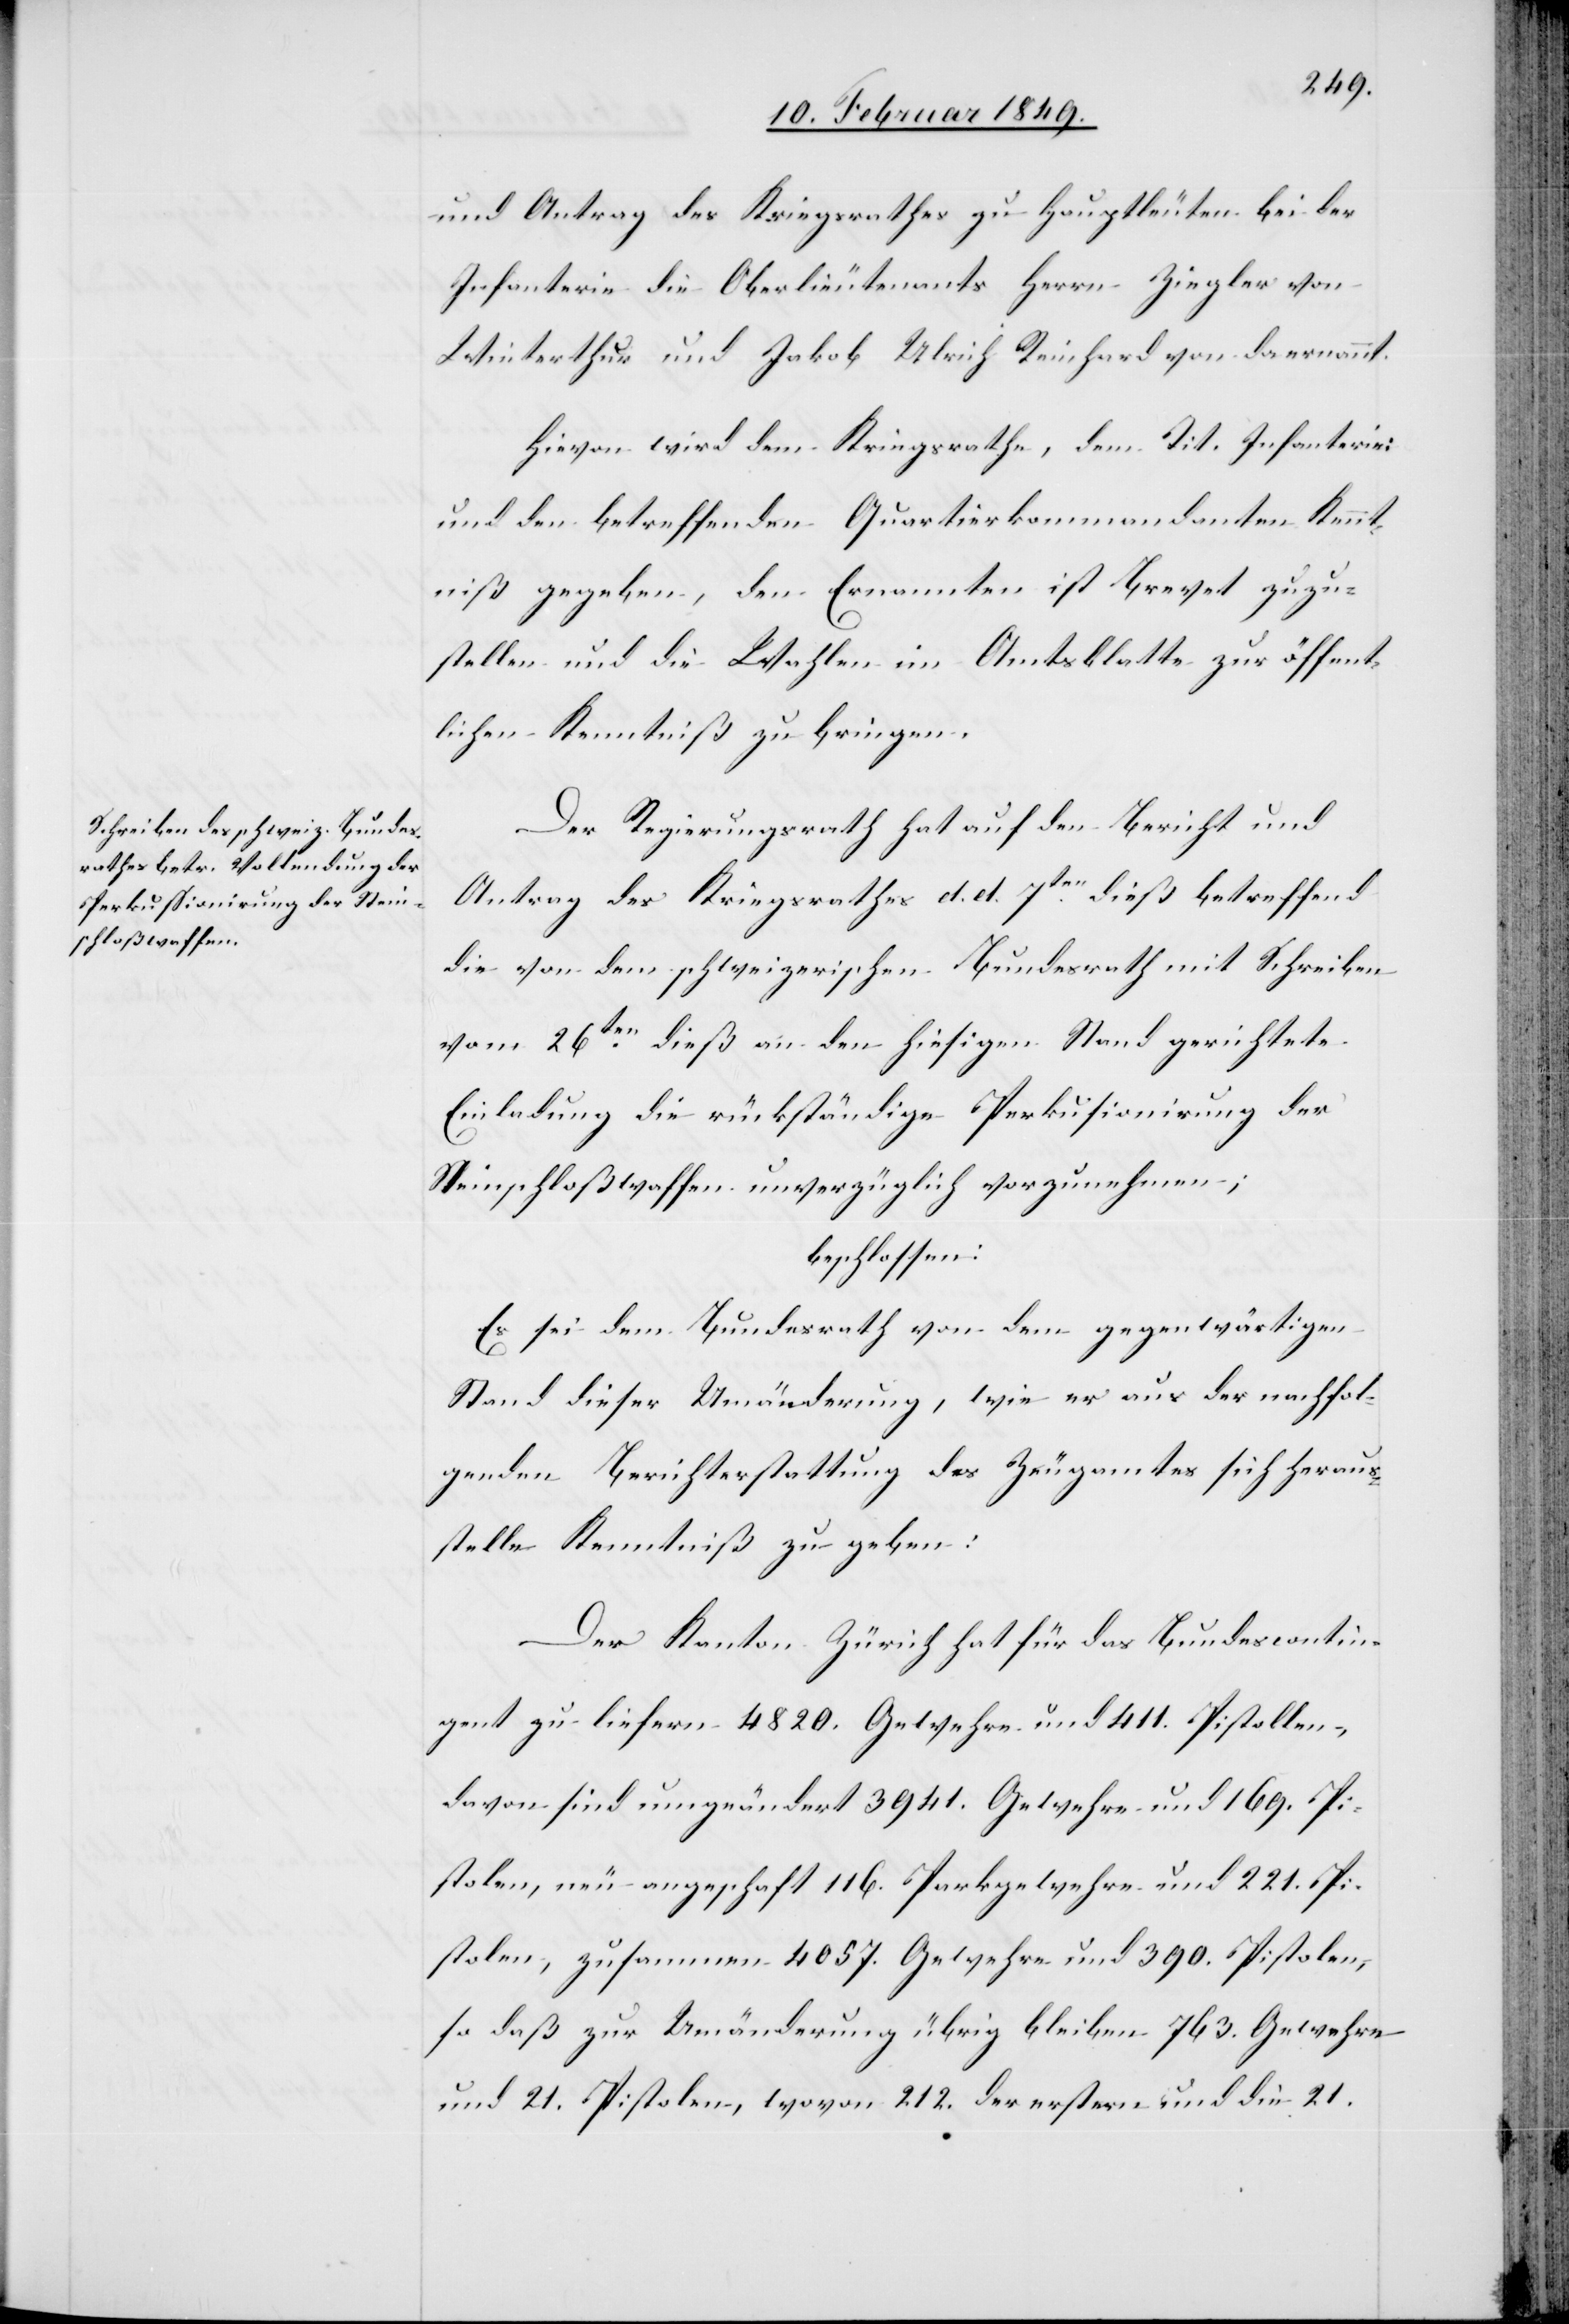
und Antrag des Kriegsrathes zu Hauptleuten bei der
Infanterie die Oberlieutenants Herrn Ziegler von
Winterthur und Jakob Ulrich Reinhard von da ernannt.
Hievon wird dem Kriegsrathe, dem Tit. Infanterie:
und den betreffenden Quartierkommandanten Kennt¬
niß gegeben, den Ernannten ist Brevet zuzu¬
stellen und die Wahlen im Amtsblatte zur öffent¬
lichen Kenntniß zu bringen.
Der Regierungsrath hat auf den Bericht und
Antrag des Kriegsrathes d. d. 7ten. dieß betreffend
die von dem schweizerischen Bundesrath mit Schreiben
vom 26ten. dieß an den hiesigen Stand gerichtete
Einladung die rückständige Perkusionirung der
Steinschloßwaffen unverzüglich vorzunehmen;
beschlossen:
Es sei dem Bundesrath von dem gegenwärtigen
Stand dieser Umänderung, wie er aus der nachfol¬
genden Berichterstattung des Zeugamtes sich heraus¬
stelle Kenntniß zu geben:
Der Kanton Zürich hat für das Bundescontin¬
gent zu liefern 4820. Gewehre und 411. Pistollen,
davon sind umgeändert 3941. Gewehre und 169. Pi¬
stolen, neu angeschaft 116. Parkgewehre und 221. Pi¬
stolen, zusammen 4057. Gewehre und 390. Pistolen,
so daß zur Umänderung übrig bleiben 763. Gewehre
und 21. Pistolen, wovon 212. der erstern und die 21.